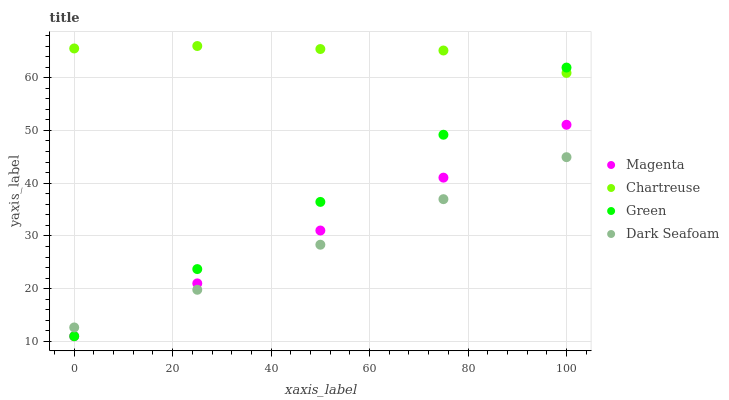
| xaxis_label | Magenta | Chartreuse | Green | Dark Seafoam |
 | --- | --- | --- | --- | --- |
 | 0 | 11 | 65.5 | 11 | 12.7 |
 | 25 | 21 | 66 | 23.7 | 19.8 |
 | 50 | 31 | 65.4 | 36.5 | 28.3 |
 | 75 | 41.1 | 65.1 | 49.2 | 37 |
 | 100 | 51.1 | 60.9 | 61.9 | 44.9 |